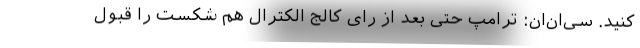
کنید. سی‌ان‌ان: ترامپ حتی بعد از رای کالج الکترال هم شکست را قبول